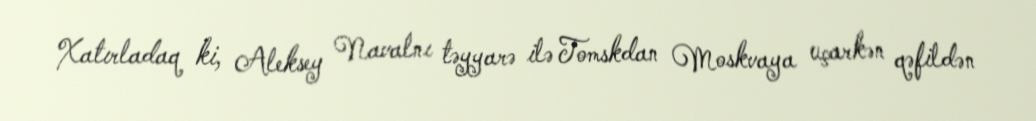
Xatırladaq ki, Aleksey Navalnı təyyarə ilə Tomskdan Moskvaya uçarkən qəfildən